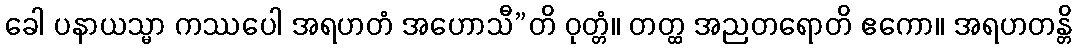
ခေါ ပနာယသ္မာ ကဿပေါ အရဟတံ အဟောသီ”တိ ဝုတ္တံ။ တတ္ထ အညတရောတိ ဧကော။ အရဟတန္တိ